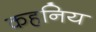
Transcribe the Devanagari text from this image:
कहनिय